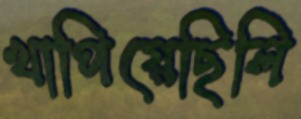
খাপিয়েছিলি